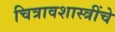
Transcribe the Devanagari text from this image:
चित्रावशास्त्रींचे